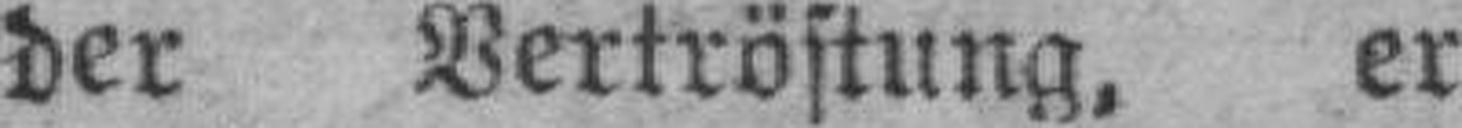
der Vertröstung, er